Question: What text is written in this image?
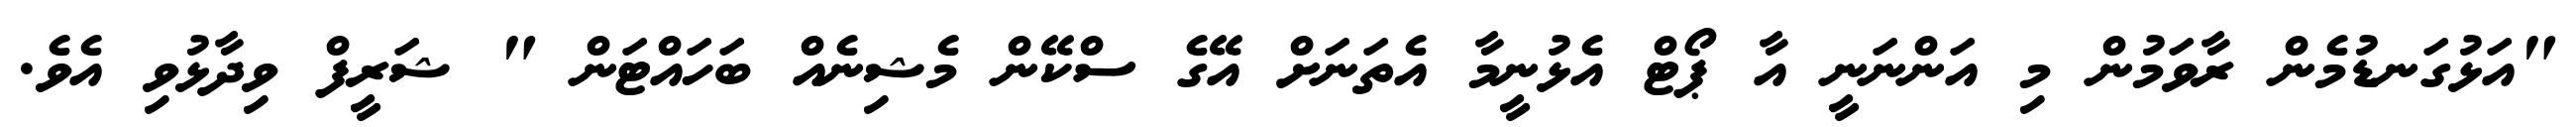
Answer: "އަޅުގަނޑުމެން ރާވަމުން މި އަންނަނީ އާ ޕޯޓް އެޅުނީމާ އެތަނަށް އޭގެ ސްކޭން މެޝިނެއް ބަހައްޓަން " ޝަރީފް ވިދާޅުވި އެވެ.